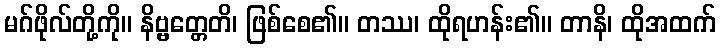
မဂ်ဖိုလ်တို့ကို။ နိဗ္ဗတ္တေတိ၊ ဖြစ်စေ၏။ တဿ၊ ထိုရဟန်း၏။ တာနိ၊ ထိုအထက်